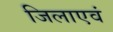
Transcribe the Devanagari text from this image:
जिलाएवं